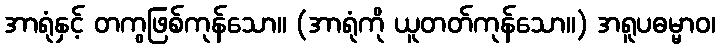
အာရုံနှင့် တကွဖြစ်ကုန်သော။ (အာရုံကို ယူတတ်ကုန်သော။) အရူပဓမ္မာဝ၊